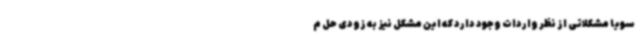
سویا مشکلاتی از نظر واردات وجود دارد که این مشکل نیز به زودی حل م